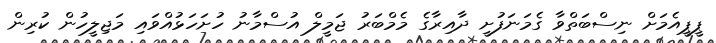
ޕީޕީއެމަށް ނިސްބަތްވާ ގެމަނަފުށީ ދާއިރާގެ މެމްބަރު ޖަމީލް އުސްމާނު ހުށަހަޅުއްވައި މަޖިލީހުން ކުރިން